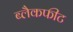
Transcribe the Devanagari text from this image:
ब्लैकफीट